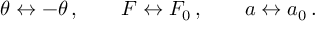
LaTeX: \theta \leftrightarrow - \theta \, , \qquad F \leftrightarrow F _ { 0 } \, , \qquad a \leftrightarrow a _ { 0 } \, .